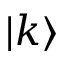
\vert k \rangle